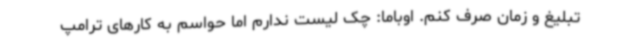
تبلیغ و زمان صرف کنم. اوباما: چک لیست ندارم اما حواسم به کارهای ترامپ